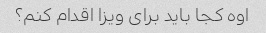
اوه کجا باید برای ویزا اقدام کنم؟